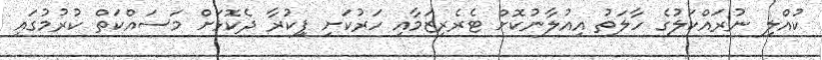
ކުއްލި ނުރައްކަލުގެ ހާލަތު އިއުލާނުކޮށް ޓެރެރިޒަމާއި ހަރުކަށި ފިިކުރާ ދެކޮޅަށް މަސައްކަތް ކުރުމުގައި